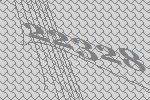
22328